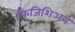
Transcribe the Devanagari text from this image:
फिजिशिअन